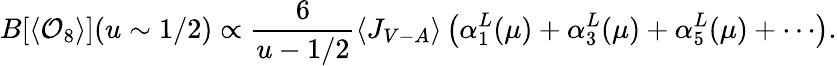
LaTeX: B[\langle{\cal O}_{8}\rangle](u\sim 1/2)\propto\frac{6}{u-1/2}\langle J_{V-A}\rangle\left(\alpha_{1}^{L}(\mu)+\alpha_{3}^{L}(\mu)+\alpha_{5}^{L}(\mu)+\cdots\right).